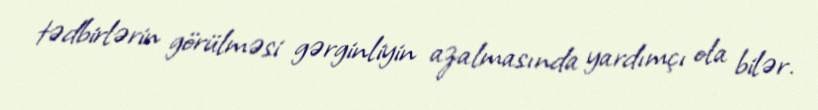
tədbirlərin görülməsi gərginliyin azalmasında yardımçı ola bilər.